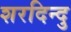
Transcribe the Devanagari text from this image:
शरदिन्दु